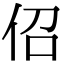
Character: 佋